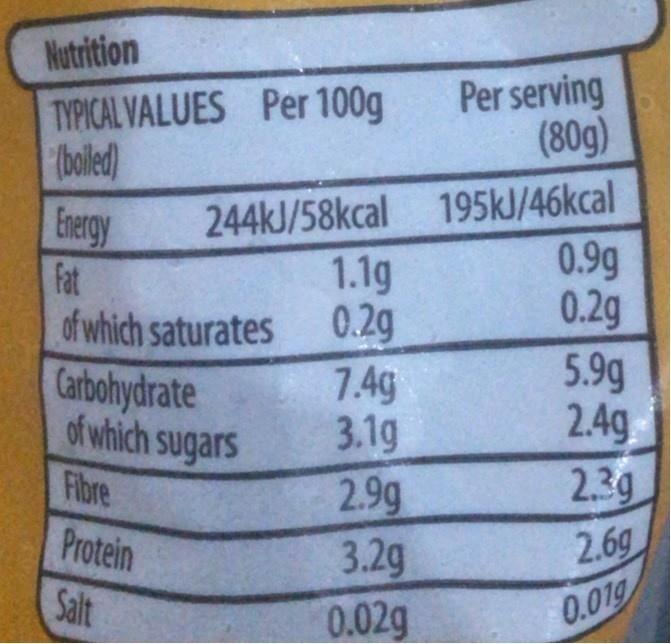
Nutrition
Per serving (80g)
TYPICAL VALUES Per 100g
boled) Energy Fat
244KJ/58kcal 195kJ/46kcal 0.9g 0.2g
1.1g of which saturates
0.2g 7.4g 3.1g 2.9g 3.2g 0.02g
Carbohydrate of which sugars Fibre
5.9g 2.4g
2.3g
Protein
2.6g
Salt
0.019